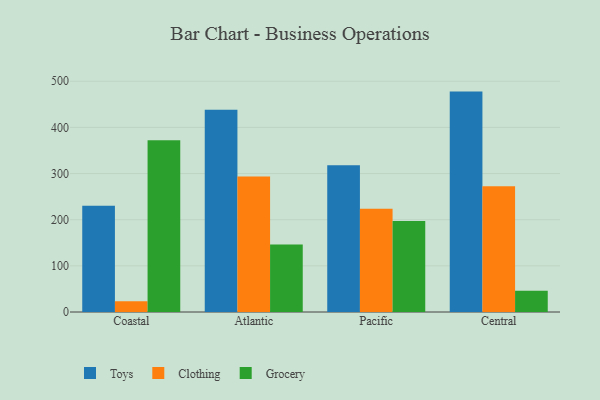
{"axis": {"x": "Region", "y": "Market Share (%)"}, "legend": ["Clothing", "Grocery", "Toys"], "data": [{"x": "Coastal", "y": 230.2, "type": "Toys"}, {"x": "Coastal", "y": 23.1, "type": "Clothing"}, {"x": "Coastal", "y": 372.3, "type": "Grocery"}, {"x": "Atlantic", "y": 438.2, "type": "Toys"}, {"x": "Atlantic", "y": 293.6, "type": "Clothing"}, {"x": "Atlantic", "y": 146.5, "type": "Grocery"}, {"x": "Pacific", "y": 317.8, "type": "Toys"}, {"x": "Pacific", "y": 223.5, "type": "Clothing"}, {"x": "Pacific", "y": 197.2, "type": "Grocery"}, {"x": "Central", "y": 477.6, "type": "Toys"}, {"x": "Central", "y": 272.3, "type": "Clothing"}, {"x": "Central", "y": 46.1, "type": "Grocery"}]}